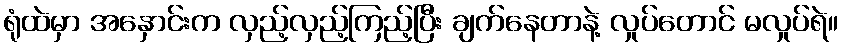
ရုံထဲမှာ အနှောင်းက လှည့်လှည့်ကြည့်ပြီး ချက်နေတာနဲ့ လှုပ်တောင် မလှုပ်ရဲ။